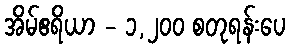
အိမ်ဧရိယာ - ၁,၂၀၀ စတုရန်းပေ